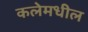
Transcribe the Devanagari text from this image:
कलेमधील